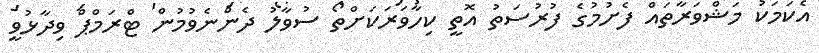
އެކަމަކު މަޝްވަރާތައް ފެށުމުގެ ފުރުސަތު އޮތީ ކިހާވަރަކަށްތޯ ސުވާލު ދެންނެވުމުން ޓްރަމްޕް ވިދާޅުވީ